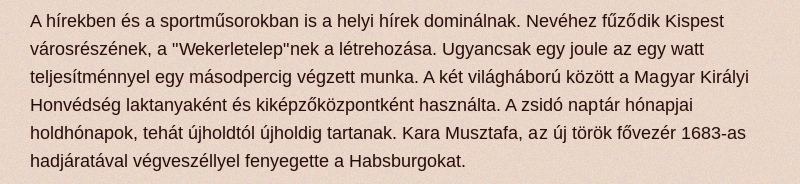
A hírekben és a sportműsorokban is a helyi hírek dominálnak. Nevéhez fűződik Kispest városrészének, a "Wekerletelep"nek a létrehozása. Ugyancsak egy joule az egy watt teljesítménnyel egy másodpercig végzett munka. A két világháború között a Magyar Királyi Honvédség laktanyaként és kiképzőközpontként használta. A zsidó naptár hónapjai holdhónapok, tehát újholdtól újholdig tartanak. Kara Musztafa, az új török fővezér 1683-as hadjáratával végveszéllyel fenyegette a Habsburgokat.